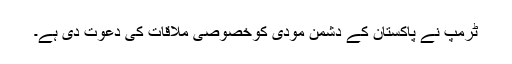
ٹرمپ نے پاکستان کے دشمن مودی کوخصوصی ملاقات کی دعوت دی ہے۔